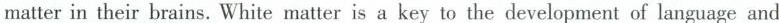
matter in their brains. White matter is a key to the development of language an